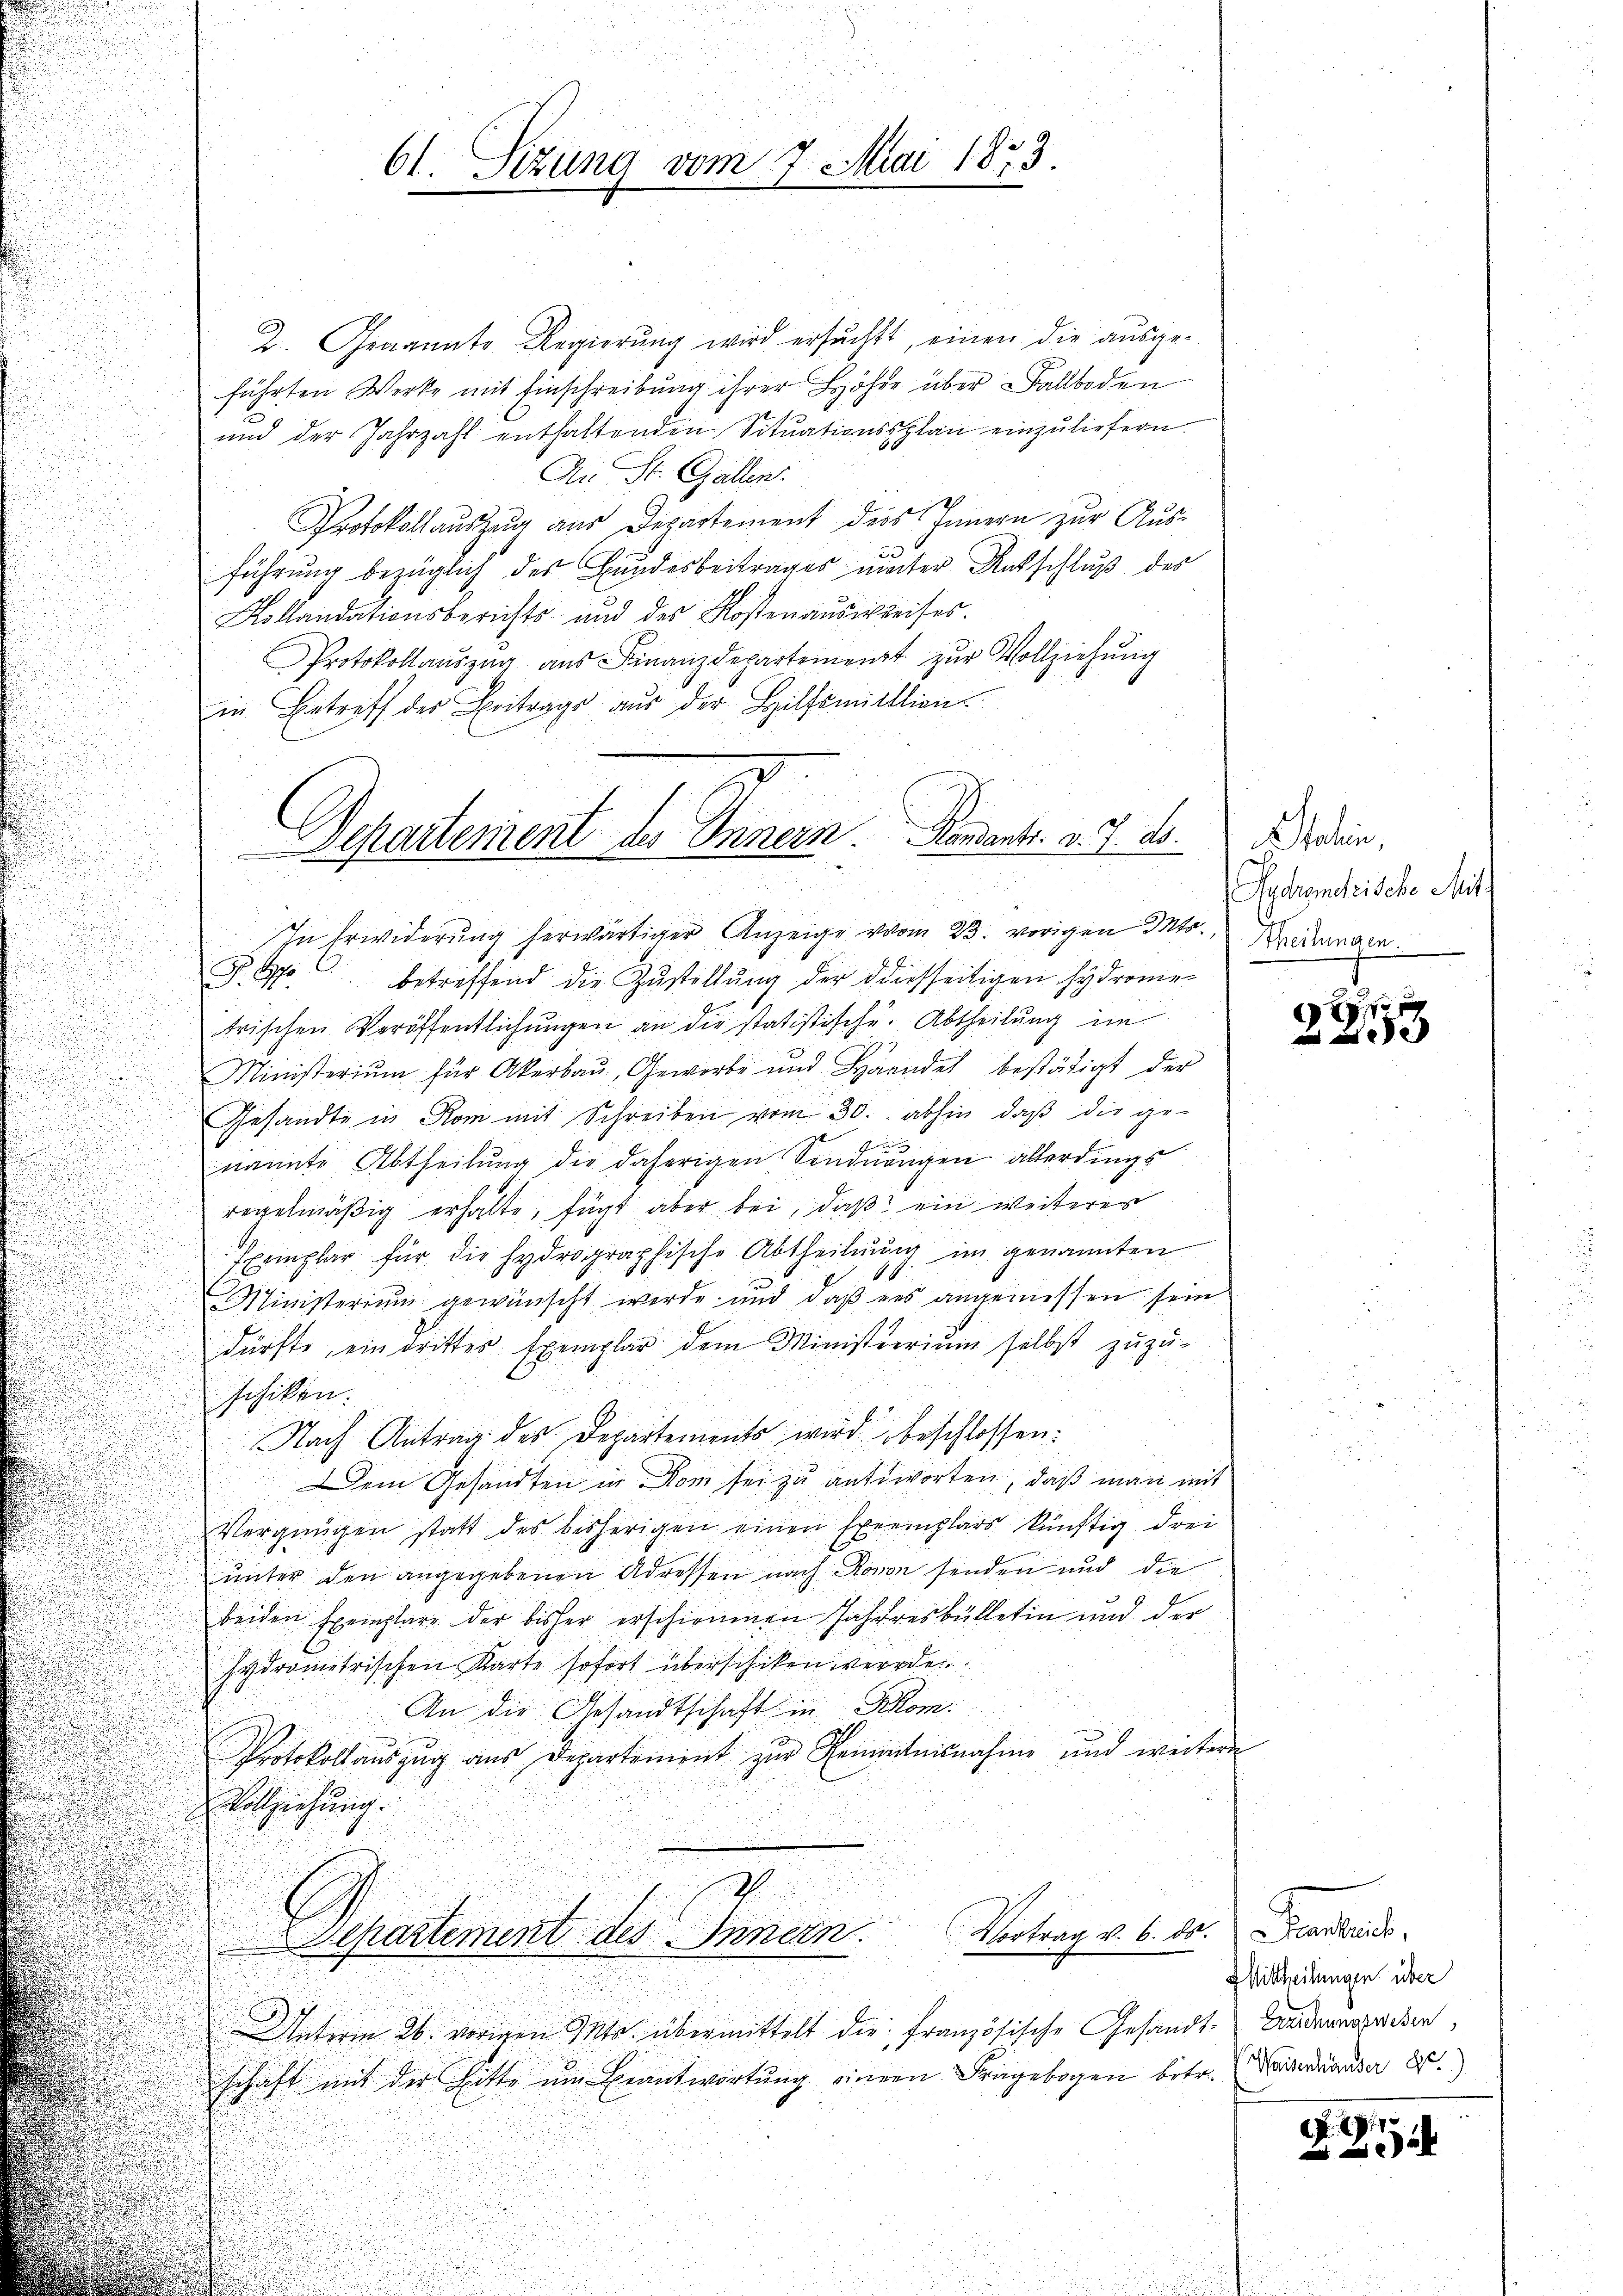
2. Genannte Regierung wird ersucht, einen die ausgeführten Werke mit Einschreibung ihrer Höhe über Ballboden
2
und der Jahrzahl enthaltenden Sitŭationssplan einzŭliefern.
An St. Gallen.
Protokollauszug aus Departement des Innern zur Ausführung bezüglich des Bundesbeitrages unter Ratschluß des
.
Kollandationsberichts- und des Kosten aŭsweises.
Protokollaŭszŭg aŭs Finanzdepartement zŭr Vollziehung
in Betreff des Beitrags aus der Hilfsmittlion
2
u
P. So betreffend die Zŭstellŭng der diesseitigen Hydromie-
trischen Veröffentlichungen an die statistische Abtheilung im
Ministerium für Akerbau, Geworbe und Häandel bestätigt der
.
Gesandte in Rom mit Schreiben vom 30. abhin, daβ die ge-

nannte Abtheilung die daherigen Sendungen allerdings
regelmäßig erhälte, fügt aber bei, daß ein weiteres
Exemplar für die hydrographische Abtheilung im genannten
1
MMinisterium gewünscht werde und daß es angemessen sein
dürfte, ein dritter Exemplar dem Ministerium selbst zuzu-
schiken.
Nach Antrag des Departements wird beschlossen:
Dem Gesandten in Rom sei zu antworten, daß man mit
Vergnügen statt des bisherigen einen speemplars künftig drei
unter den angegebenen Adressen nach Rovon senden und die
beiden Exemplare der bisher erschienenen Jahresbülletin und der
hydrometrischen Karte sofort überschiken werden
An die Gesandtschaft in Rom.
Protokollaŭszŭg aŭs Departement zŭr Komitnisnahme und weitere
Vollziehung.
Vortrag v. 6. ds. Frankreis
Departement des Innern.
Witiren 26. vorigen Petr. übermittelt die französische Gesandt. Bandersprochen,
schaft mit der Bitte um Beantwortung einern Fragebogen betr. Maierauser 2.

61. Sizung vom 7. Mai 1873.

Departement des Innern Randants. v. J. ds.
In Erwiderung herwärtiger Anzeige vom 23. vorigen Mts. Bedingen.

aten,
echandleische Mit

7

Mittheilungen über

Ao. 1911